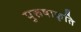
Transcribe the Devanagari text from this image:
पुरूषाकृति